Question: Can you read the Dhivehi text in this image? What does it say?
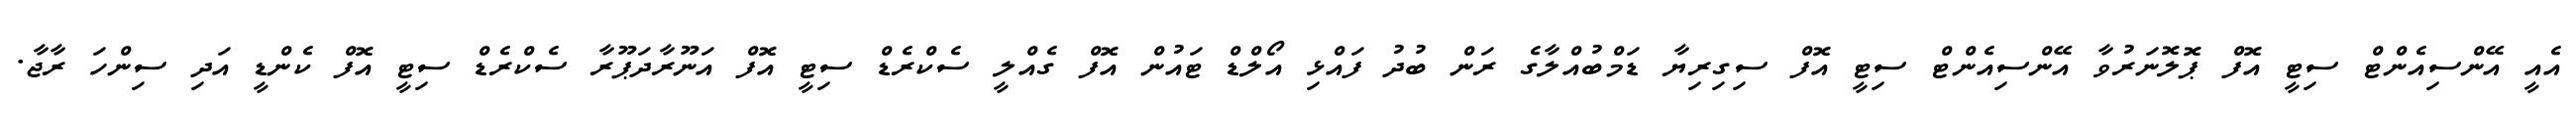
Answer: އެއީ އޭންސިއެންޓް ސިޓީ އޮފް ޕޮލޮނަރުވާ އޭންސިއެންޓް ސިޓީ އޮފް ސިގިރިޔާ ޑަމްބުއްލާގެ ރަން ބުދު ފައްޅި އޯލްޑް ޓައުން އޮފް ގެއްލީ ސެކްރެޑް ސިޓީ އޮފް އަނޫރާދަޕޫރާ ސެކްރެޑް ސިޓީ އޮފް ކެންޑީ އަދި ސިންހަ ރާޖާ.